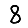
Digit: 8